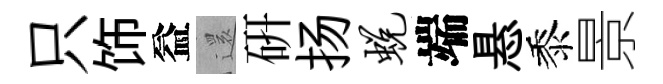
只饰益𮟃硏扬蜕端悬黍景